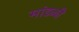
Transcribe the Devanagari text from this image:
मांडळी